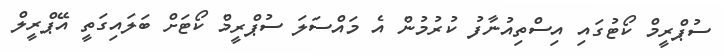
ސުޕްރީމް ކޯޓުގައި އިސްތިއުނާފު ކުރުމުން އެ މައްސަލަ ސުޕްރީމް ކޯޓަށް ބަލައިގަތީ އޭޕްރީލް